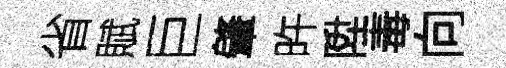
省賦巨肇旿陞毒向